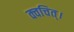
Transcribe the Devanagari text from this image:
क्वचित्‌।